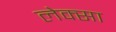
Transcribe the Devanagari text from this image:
लेक्सा